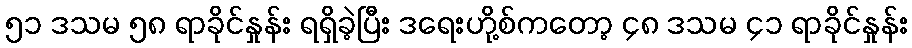
၅၁ ဒသမ ၅၈ ရာခိုင်နှုန်း ရရှိခဲ့ပြီး ဒရေးဟို့စ်ကတော့ ၄၈ ဒသမ ၄၁ ရာခိုင်နှုန်း